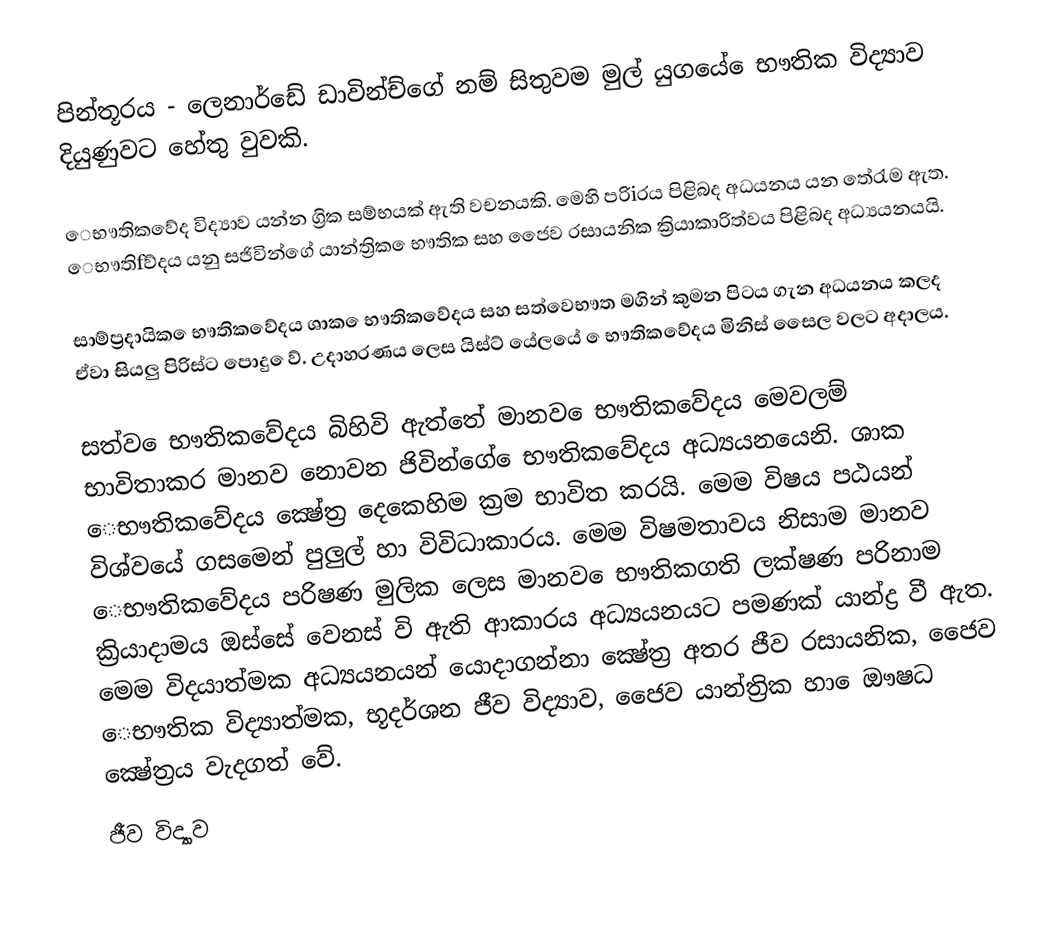
පින්තූරය - ලෙනාර්ඩේ ඩාවින්ච්ගේ  නම් සිතුවම මුල් යුගයේ ‍‍‍‍ෙභෟතික විද්‍යාව දියුණුවට හේතු වුවකි.

‍ෙභෟතිකවේද විද්‍යාව යන්න ග්‍රික සම්භයක් ඇති වචනයකි. මෙහි පරිiරය පිළිබද අධයනය යන තේරැම ඇත. ‍ ‍ෙභෟතිfව්දය යනු සජිවින්ගේ යාන්ත්‍රික ‍ෙභෟතික සහ ජෛව රසායනික ක්‍රියාකාරිත්වය පිළිබද අධ්‍යයනයයි.

සාම්ප්‍රදායික ‍‍ෙභෟතික‍වේදය ශාක ‍‍ෙභෟතික‍වේදය සහ සත්ව‍ෙභෟත මගින් කුමන පිටය ගැන අධයනය කලද ඒවා සියලු පිරිස්ට පොදු ‍ෙව්. උදාහරණය ලෙස යිස්‍ට් යේලයේ ‍‍ ‍‍ෙභෟතික‍වේදය මිනිස් සෛල වලට අදාලය.

සත්ව ‍‍ෙභෟතික‍වේදය බිහිවි ඇත්තේ මානව ‍‍ෙභෟතික‍වේදය මෙවලම් භාවිතාකර මානව නොවන ජිවින්ගේ ‍‍ෙභෟතික‍වේදය අධ්‍යයනයෙනි. ශාක ‍ ‍‍ෙභෟතික‍වේදය ක්‍ෂේත්‍ර දෙකෙහිම ක්‍රම භාවිත කරයි. මෙම විෂය පඨයන් විශ්වයේ ගසමෙන් පුලුල් හා විවිධාකාරය. මෙම විෂමතාවය නිසාම මානව ‍ ‍‍ෙභෟතික‍වේදය පරිෂණ මුලික ලෙස මානව ‍‍ෙභෟතික‍ගති ලක්ෂණ පරිනාම ක්‍රියාදාමය ඔස්සේ වෙනස් වි ඇති ආකාරය අධ්‍යයනයට පමණක් යාන්ද්‍ර වී ඇත. මෙම විදයාත්මක අධ්‍යයනයන් යොදාගන්නා  ක්‍ෂේත්‍ර අතර ජීව රසායනික, ජෛව ‍‍ෙභෟතික විද්‍යාත්මක, භූදර්ශන ජීව විද්‍යාව, ජෛව යාන්ත්‍රික හා ‍ෙඖෂධ ක්‍ෂේත්‍රය වැදගත් වේ.
ජීව විද්‍යාව